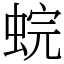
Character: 䖾